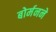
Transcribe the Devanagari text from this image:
बोर्मनने